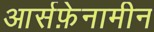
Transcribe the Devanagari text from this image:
आर्सफ़ेनामीन